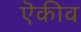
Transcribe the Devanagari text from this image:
ऎकीव